Scientific memoirs by medical officers of the Army of India - Part VIII,
Year: 1894
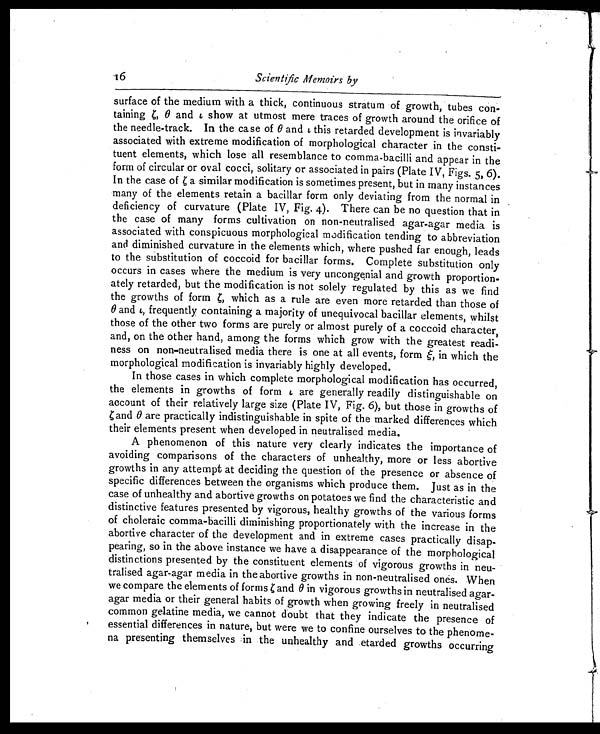
16
Scientific Memoirs by
surface of the medium with a thick, continuous stratum of growth, tubes con-
taining ζ, θ and ι show at utmost mere traces of growth around the orifice of
the needle-track. In the case of θ and ι this retarded development is invariably
associated with extreme modification of morphological character in the consti-
tuent elements, which lose all resemblance to comma-bacilli and appear in the
form of circular or oval cocci, solitary or associated in pairs (Plate IV, Figs. 5, 6).
In the case of ζ a similar modification is sometimes present, but in many instances
many of the elements retain a bacillar form only deviating from the normal in
deficiency of curvature (Plate IV, Fig. 4). There can be no question that in
the case of many forms cultivation on non-neutralised agar-agar media is
associated with conspicuous morphological modification tending to abbreviation
and diminished curvature in the elements which, where pushed far enough, leads
to the substitution of coccoid for bacillar forms. Complete substitution only
occurs in cases where the medium is very uncongenial and growth proportion-
ately retarded, but the modification is not solely regulated by this as we find
the growths of formζ w h i c h a s a r u l e a r e e v e n m o r e r e t a r d e d t h a n t h o s e o f
θ and ι, frequently containing a majority of unequivocal bacillar elements, whilst
those of the other two forms are purely or almost purely of a coccoid character,
and, on the other hand, among the forms which grow with the greatest readi-
ness on non-neutralised media there is one at all events, form e, in which the
morphological modification is invariably highly developed.
In those cases in which complete morphological modification has occurred,
the elements in growths of form c are generally readily distinguishable on
account of their relatively large size (Plate IV, Fig. 6), but those in growths of ζ
and θ are practically indistinguishable in spite of the marked differences which
their elements present when developed in neutralised media.
A phenomenon of this nature very clearly indicates the importance of
avoiding comparisons of the characters of unhealthy, more or less abortive
growths in any attempt at deciding the question of the presence or absence of
specific differences between the organisms which produce them. Just as in the
case of unhealthy and abortive growths on potatoes we find the characteristic and
distinctive features presented by vigorous, healthy growths of the various forms
of choleraic comma-bacilli diminishing proportionately with the increase in the
abortive character of the development and in extreme cases practically disap-
pearing, so in the above instance we have a disappearance of the morphological
distinctions presented by the constituent elements of vigorous growths in neu-
tralised agar-agar media in the abortive growths in non-neutralised ones. When
we compare the elements of forms ζ a n d
θ in vigorous growths in neutralised agar-
agar media or their general habits of growth when growing freely in neutralised
common gelatine media, we cannot doubt that they indicate the presence of
essential differences in nature, but were we to confine ourselves to the phenome-
na presenting themselves in the unhealthy and etarded growths occurring